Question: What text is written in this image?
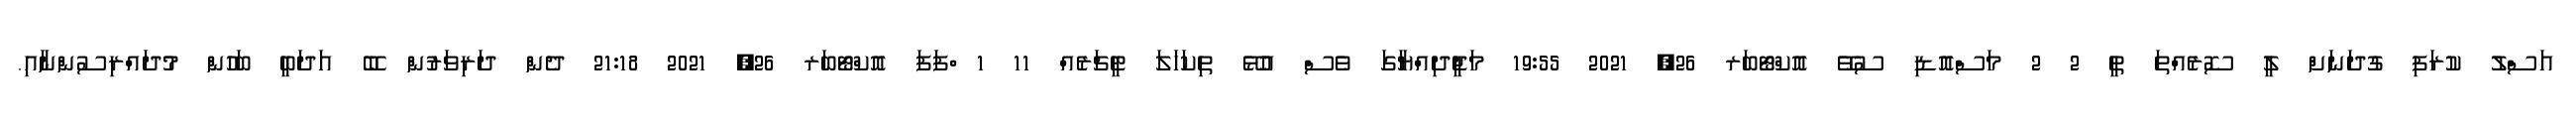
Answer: އަސްލު ކުރަފި ގުދަނަށް ލީ ސޮރެއްތަ ތީ 2 2 މަސްއޮޑި ސުވޭ އޮކްޓޯބަރ 26, 2021 19:55 މަޖީދިއްޔާގަ ވެސް އުޅޭ ތިކަހަލަ ޓީޗަރެއް 11 1 ްފަފަ އޮކްޓޯބަރ 26, 2021 21:18 ދެން ދަރިވަރުން ބޭ އަދަބީ ބަހުން މުދައްރިސުންނާއި.